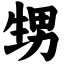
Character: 甥